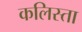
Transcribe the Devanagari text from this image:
कलिस्ता